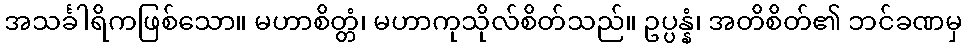
အသင်္ခါရိကဖြစ်သော။ မဟာစိတ္တံ၊ မဟာကုသိုလ်စိတ်သည်။ ဥပ္ပန္နံ၊ အတိစိတ်၏ ဘင်ခဏမှ